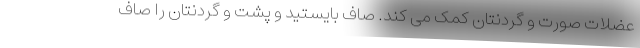
عضلات صورت و گردنتان کمک می کند. صاف بایستید و پشت و گردنتان را صاف